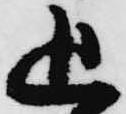
追